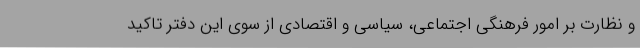
و نظارت بر امور فرهنگی اجتماعی، سیاسی و اقتصادی از سوی این دفتر تاکید